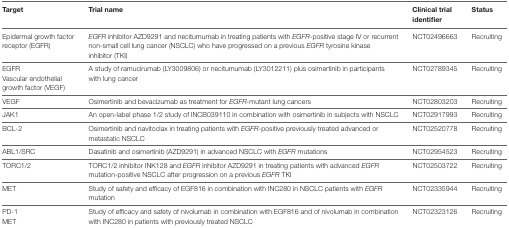
| Target | Trial name | Clinical trial identifier | Status |
 | --- | --- | --- | --- |
 | Epidermal growth factor receptor (EGFR) | EGFR inhibitor AZD9291 and necitumumab in treating patients with EGFR-positive stage IV or recurrent non-small cell lung cancer (NSCLC) who have progressed on a previous EGFR tyrosine kinase inhibitor (TKI) | NCT02496663 | Recruiting |
 | EGFR | <ROWSPAN=2> A study of ramucirumab (LY3009806) or necitumumab (LY3012211) plus osimertinib in participants with lung cancer | <ROWSPAN=2> NCT02789345 | <ROWSPAN=2> Recruiting |
 | Vascular endothelial growth factor (VEGF) |
 | VEGF | Osimertinib and bevacizumab as treatment for EGFR-mutant lung cancers | NCT02803203 | Recruiting |
 | JAK1 | An open-label phase 1/2 study of INCB039110 in combination with osimertinib in subjects with NSCLC | NCT02917993 | Recruiting |
 | BCL-2 | Osimertinib and navitoclax in treating patients with EGFR-positive previously treated advanced or metastatic NSCLC | NCT02520778 | Recruiting |
 | ABL1/SRC | Dasatinib and osimertinib (AZD9291) in advanced NSCLC with EGFR mutations | NCT02954523 | Recruiting |
 | TORC1/2 | TORC1/2 inhibitor INK128 and EGFR inhibitor AZD9291 in treating patients with advanced EGFR mutation-positive NSCLC after progression on a previous EGFR TKI | NCT02503722 | Recruiting |
 | MET | Study of safety and efficacy of EGF816 in combination with INC280 in NSCLC patients with EGFR mutation | NCT02335944 | Recruiting |
 | PD-1 | <ROWSPAN=2> Study of efficacy and safety of nivolumab in combination with EGF816 and of nivolumab in combination with INC280 in patients with previously treated NSCLC | <ROWSPAN=2> NCT02323126 | <ROWSPAN=2> Recruiting |
 | MET |